Proceedings of the meeting of veterinary officers in India
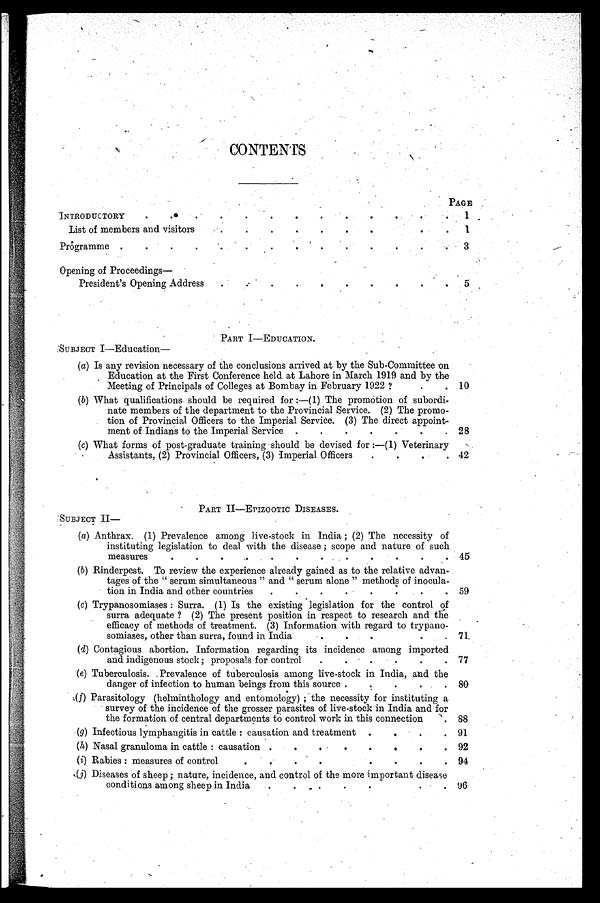
CONTENTS
INTRODUCTORY
List of members and visitors
.
.
.
.
.
.
.
Programme . . . . . . .
Opening of Proceedings—
President's Opening Address
PAGE
1
1
3
5
PART I—EDUCATION.
SUBJECT I—Education—
(a) Is any revision necessary of the conclusions arrived at by the Sub-Committee on
Education at the First Conference held at Lahore in March 1919 and by the
Meeting of Principals of Colleges at Bombay in February 1922?
(b) What qualifications should be required for:—(1) The promotion of subordi-
nate members of the department to the Provincial Service. (2) The promo-
tion of Provincial Officers to the Imperial Service. (3) The direct appoint-
ment of Indians to the Imperial Service .
.
.
.
.
.
.
(c) What forms of post-graduate training should be devised for:—(1) Veterinary
Assistants, (2) Provincial Officers, (3) Imperial Officers
.
.
.
.
10
28
42
PART II—EPIZOOTIC DISEASES.
SUBJECT II—
(a) Anthrax. (1) Prevalence among live-stock in India; (2) The necessity of
instituting legislation to deal with the disease; scope and nature of such
measures . . . . . . . . . .
(b) Rinderpest. To review the experience already gained as to the relative advan-
tages of the "serum simultaneous" and "serum alone" methods of inocula-
tion in India and other countries
.
.
.
.
.
.
.
.
(c) Trypanosomiases: Surra. (1) Is the existing legislation for the control of
surra adequate? (2) The present position in respect to research and the
efficacy of methods of treatment. (3) Information with regard to trypano-
somiases, other than surra, found in India
.
.
.
(d) Contagious abortion. Information regarding its incidence among imported
and indigenous stock; proposals for control
.
.
.
(e) Tuberculosis. Prevalence of tuberculosis among live-stock in India, and the
danger of infection to human beings from this source .
.
.
.
.
(f) Parasitology (helminthology and entomology); the necessity for instituting a
survey of the incidence of the grosser parasites of live-stock in India and for
the formation of central departments to control work in this connection
(g) Infectious lymphangitis in cattle: causation and treatment .
.
.
(h) Nasal granuloma in cattle: causation .
.
.
.
.
.
.
.
(i) Rabies: measures of control
.
.
.
.
.
.
.
.
(j) Diseases of sheep; nature, incidence, and control of the more important disease
conditions among sheep in India
.
.
.
.
.
.
45
59
71
77
80
88
91
92
94
96